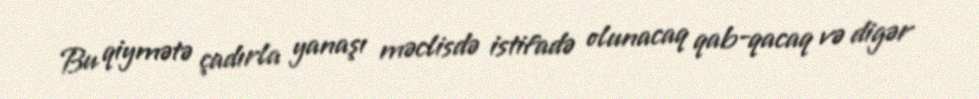
Bu qiymətə çadırla yanaşı məclisdə istifadə olunacaq qab-qacaq və digər